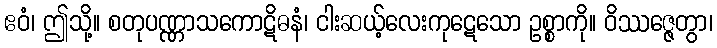
ဧဝံ၊ ဤသို့။ စတုပဏ္ဏာသကောဋိဓနံ၊ ငါးဆယ့်လေးကုဋေသော ဥစ္စာကို။ ဝိဿဇ္ဇေတွာ၊